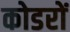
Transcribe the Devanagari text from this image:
कोडरों